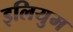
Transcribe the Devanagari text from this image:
इलियुम